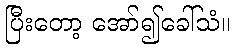
ပြီးတော့ အော်၍ခေါ်သံ။